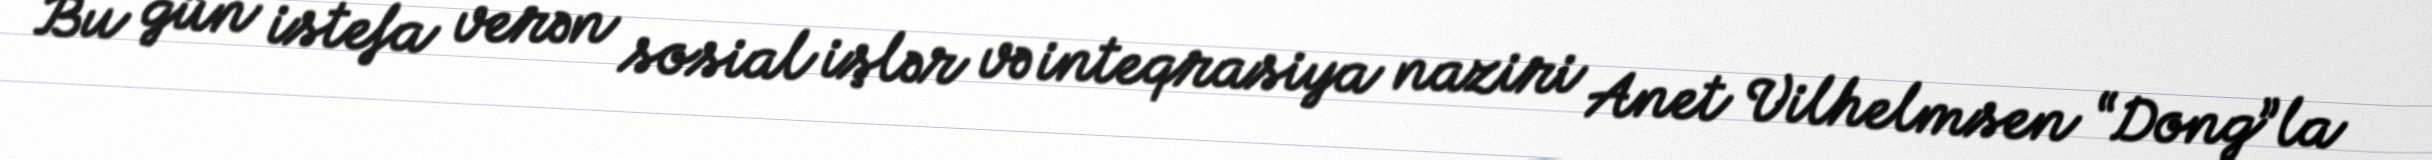
Bu gün istefa verən sosial işlər və inteqrasiya naziri Anet Vilhelmsen “Dong”la